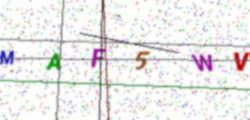
Text: MAF5WV